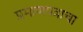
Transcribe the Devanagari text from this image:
प्रमाणपत्राचा